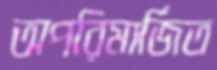
অপরিমার্জিত